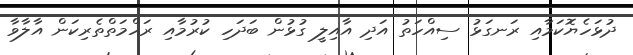
ދުޅަހެޔޮކަމާއި ރަނގަޅު ސިއްހަތު އަދި އާއިލީ ގުޅުން ބަދަހި ކުރުމާއި ރަހްމަތްތެރިކަން އާލާވާ